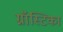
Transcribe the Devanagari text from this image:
ग्नॉस्टिका